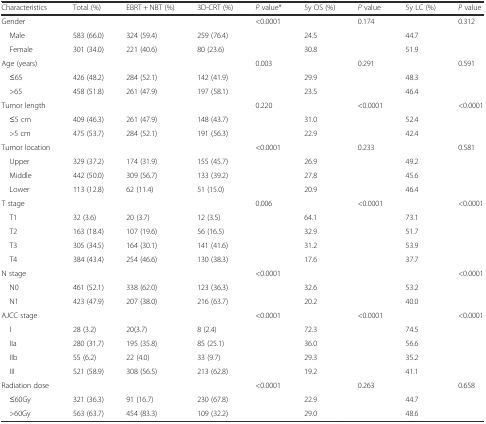
<table><thead><tr><td><b>Characteristics</b></td><td><b>Total (%)</b></td><td><b>EBRT + NBT (%)</b></td><td><b>3D-CRT (%)</b></td><td><b><i>P</i> value*</b></td><td><b>5y OS (%)</b></td><td><b><i>P</i> value</b></td><td><b>5y LC (%)</b></td><td><b><i>P</i> value</b></td></tr></thead><tbody><tr><td>Gender</td><td colspan="3"></td><td>&lt;0.0001</td><td></td><td>0.174</td><td></td><td>0.312</td></tr><tr><td> Male</td><td>583 (66.0)</td><td>324 (59.4)</td><td>259 (76.4)</td><td></td><td>24.5</td><td></td><td>44.7</td><td></td></tr><tr><td> Female</td><td>301 (34.0)</td><td>221 (40.6)</td><td>80 (23.6)</td><td></td><td>30.8</td><td></td><td>51.9</td><td></td></tr><tr><td>Age (years)</td><td colspan="3"></td><td>0.003</td><td></td><td>0.291</td><td></td><td>0.591</td></tr><tr><td> ≤65</td><td>426 (48.2)</td><td>284 (52.1)</td><td>142 (41.9)</td><td></td><td>29.9</td><td></td><td>48.3</td><td></td></tr><tr><td> &gt;65</td><td>458 (51.8)</td><td>261 (47.9)</td><td>197 (58.1)</td><td></td><td>23.5</td><td></td><td>46.4</td><td></td></tr><tr><td>Tumor length</td><td colspan="3"></td><td>0.220</td><td></td><td>&lt;0.0001</td><td></td><td>&lt;0.0001</td></tr><tr><td> ≤5 cm</td><td>409 (46.3)</td><td>261 (47.9)</td><td>148 (43.7)</td><td></td><td>31.0</td><td></td><td>52.4</td><td></td></tr><tr><td> &gt;5 cm</td><td>475 (53.7)</td><td>284 (52.1)</td><td>191 (56.3)</td><td></td><td>22.9</td><td></td><td>42.4</td><td></td></tr><tr><td>Tumor location</td><td colspan="3"></td><td>&lt;0.0001</td><td></td><td>0.233</td><td></td><td>0.581</td></tr><tr><td> Upper</td><td>329 (37.2)</td><td>174 (31.9)</td><td>155 (45.7)</td><td></td><td>26.9</td><td></td><td>49.2</td><td></td></tr><tr><td> Middle</td><td>442 (50.0)</td><td>309 (56.7)</td><td>133 (39.2)</td><td></td><td>27.8</td><td></td><td>45.6</td><td></td></tr><tr><td> Lower</td><td>113 (12.8)</td><td>62 (11.4)</td><td>51 (15.0)</td><td></td><td>20.9</td><td></td><td>46.4</td><td></td></tr><tr><td>T stage</td><td colspan="3"></td><td>0.006</td><td></td><td>&lt;0.0001</td><td></td><td>&lt;0.0001</td></tr><tr><td> T1</td><td>32 (3.6)</td><td>20 (3.7)</td><td>12 (3.5)</td><td></td><td>64.1</td><td></td><td>73.1</td><td></td></tr><tr><td> T2</td><td>163 (18.4)</td><td>107 (19.6)</td><td>56 (16.5)</td><td></td><td>32.9</td><td></td><td>51.7</td><td></td></tr><tr><td> T3</td><td>305 (34.5)</td><td>164 (30.1)</td><td>141 (41.6)</td><td></td><td>31.2</td><td></td><td>53.9</td><td></td></tr><tr><td> T4</td><td>384 (43.4)</td><td>254 (46.6)</td><td>130 (38.3)</td><td></td><td>17.6</td><td></td><td>37.7</td><td></td></tr><tr><td>N stage</td><td colspan="3"></td><td>&lt;0.0001</td><td></td><td></td><td></td><td>&lt;0.0001</td></tr><tr><td> N0</td><td>461 (52.1)</td><td>338 (62.0)</td><td>123 (36.3)</td><td></td><td>32.6</td><td></td><td>53.2</td><td></td></tr><tr><td> N1</td><td>423 (47.9)</td><td>207 (38.0)</td><td>216 (63.7)</td><td></td><td>20.2</td><td></td><td>40.0</td><td></td></tr><tr><td>AJCC stage</td><td colspan="3"></td><td>&lt;0.0001</td><td></td><td>&lt;0.0001</td><td></td><td>&lt;0.0001</td></tr><tr><td> I</td><td>28 (3.2)</td><td>20(3.7)</td><td>8 (2.4)</td><td></td><td>72.3</td><td></td><td>74.5</td><td></td></tr><tr><td> IIa</td><td>280 (31.7)</td><td>195 (35.8)</td><td>85 (25.1)</td><td></td><td>36.0</td><td></td><td>56.6</td><td></td></tr><tr><td> IIb</td><td>55 (6.2)</td><td>22 (4.0)</td><td>33 (9.7)</td><td></td><td>29.3</td><td></td><td>35.2</td><td></td></tr><tr><td> III</td><td>521 (58.9)</td><td>308 (56.5)</td><td>213 (62.8)</td><td></td><td>19.2</td><td></td><td>41.1</td><td></td></tr><tr><td>Radiation dose</td><td colspan="3"></td><td>&lt;0.0001</td><td></td><td>0.263</td><td></td><td>0.658</td></tr><tr><td> ≤60Gy</td><td>321 (36.3)</td><td>91 (16.7)</td><td>230 (67.8)</td><td></td><td>22.9</td><td></td><td>44.7</td><td></td></tr><tr><td> &gt;60Gy</td><td>563 (63.7)</td><td>454 (83.3)</td><td>109 (32.2)</td><td></td><td>29.0</td><td></td><td>48.6</td><td></td></tr></tbody></table>